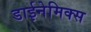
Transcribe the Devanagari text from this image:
डाईनेमिक्स